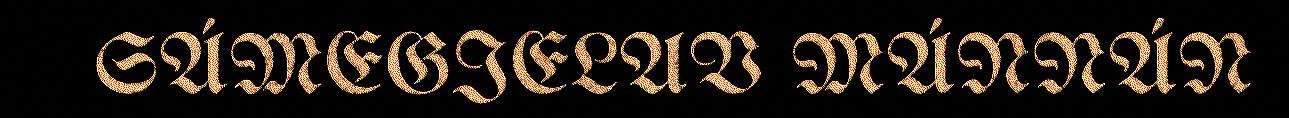
SÁMEGIELAV MÁNNÁN